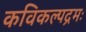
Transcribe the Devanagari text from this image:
कविकल्पद्रमः